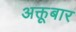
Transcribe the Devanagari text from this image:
अक्तूबार